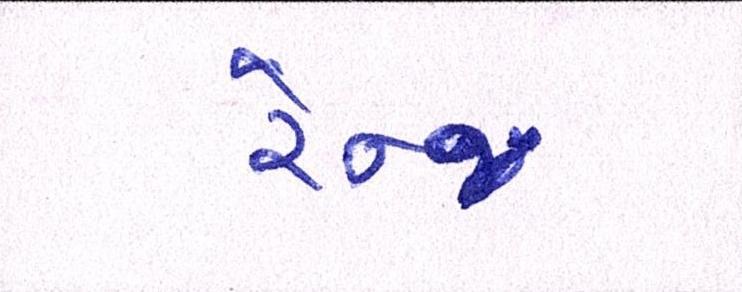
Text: રેન્જ